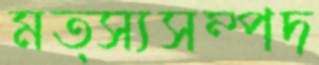
মত্স্যসম্পদ